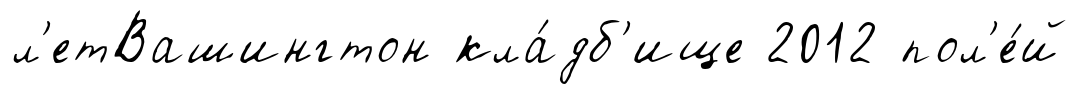
л'етВашингтон кла́дб'ище 2012 пол'е́й